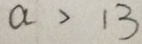
a > 1 3